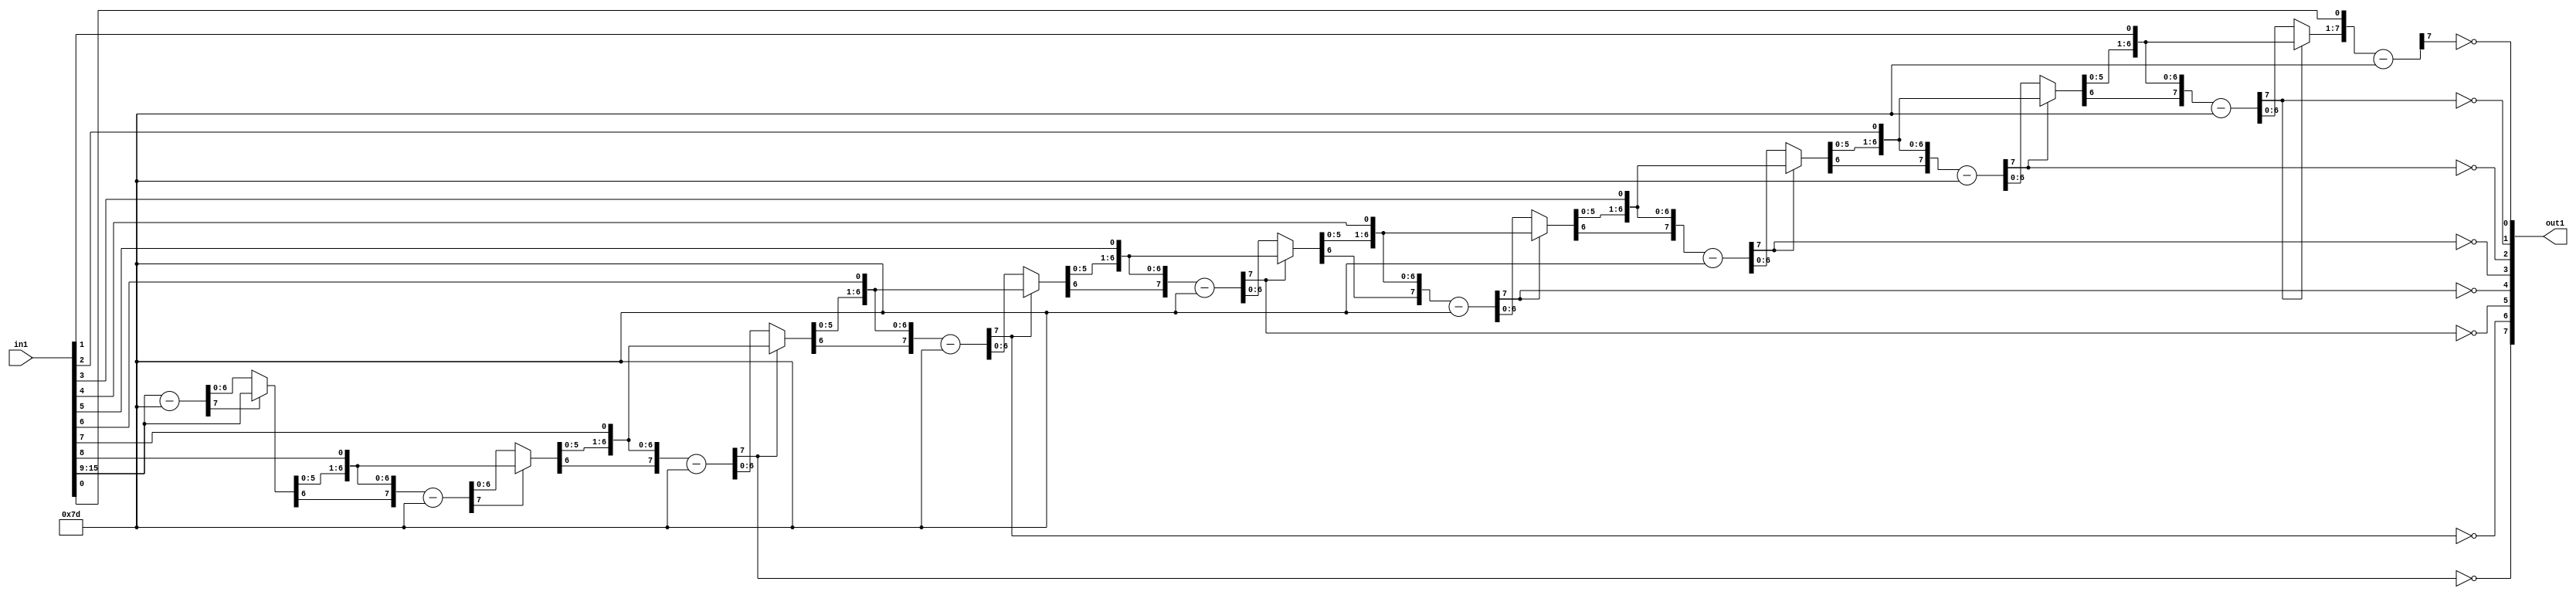
`timescale 1ps / 1ps
/*****************************************************************************
    Verilog RTL Description
    
    
    Created by: Stratus DpOpt 2019.1.01 
*******************************************************************************/

module SobelFilter_Div_8U_27_4 (
	in1,
	out1
	); /* architecture "behavioural" */ 
input [15:0] in1;
output [7:0] out1;
wire [7:0] asc001_0,
	in1_7;
wire [6:0] in1_8;
wire [7:0] in1_10,
	in1_11,
	in1_13;
wire [8:0] in1_14;
wire [7:0] in1_16;
wire [9:0] in1_17;
wire [7:0] in1_19;
wire [10:0] in1_20;
wire [7:0] in1_22;
wire [11:0] in1_23;
wire [7:0] in1_25;
wire [12:0] in1_26;
wire [7:0] in1_28;
wire [13:0] in1_29;
wire [7:0] in1_31;
wire [14:0] in1_32;
wire [15:0] in1_33;
wire [7:0] in1_34,
	in1_9_0,
	in1_9_1;
wire [8:0] in1_12_0,
	in1_12_1;
wire [9:0] in1_15_0,
	in1_15_1;
wire [10:0] in1_18_0,
	in1_18_1;
wire [11:0] in1_21_0,
	in1_21_1;
wire [12:0] in1_24_0,
	in1_24_1;
wire [13:0] in1_27_0,
	in1_27_1;
wire [14:0] in1_30_0,
	in1_30_1;

wire [7:0] in1_7_tmp_0;
assign in1_7_tmp_0 = 
	+(in1[15:9]);
assign in1_7 = in1_7_tmp_0
	-(8'B01111101);

reg [6:0] in1_8_tmp_1;
assign in1_8 = in1_8_tmp_1;
always @ (in1_7[7] or in1_7[6:0] or in1[15:9]) begin
	case (in1_7[7])
		1'B0 : in1_8_tmp_1 = in1_7[6:0] ;
		default : in1_8_tmp_1 = in1[15:9] ;
	endcase
end

assign in1_9_0 = {in1_8,in1[8]};

assign in1_9_1 = {in1_8,in1[8]};

wire [7:0] in1_10_tmp_2;
assign in1_10_tmp_2 = 
	+(in1_9_1);
assign in1_10 = in1_10_tmp_2
	-(8'B01111101);

reg [7:0] in1_11_tmp_3;
assign in1_11 = in1_11_tmp_3;
always @ (in1_10[7] or in1_10 or in1_9_0) begin
	case (in1_10[7])
		1'B0 : in1_11_tmp_3 = in1_10 ;
		default : in1_11_tmp_3 = in1_9_0 ;
	endcase
end

assign in1_12_0 = {in1_11,in1[7]};

assign in1_12_1 = {in1_11,in1[7]};

wire [7:0] in1_13_tmp_4;
assign in1_13_tmp_4 = 
	+(in1_12_1[7:0]);
assign in1_13 = in1_13_tmp_4
	-(8'B01111101);

assign asc001_0[7] = ~in1_13[7];

reg [8:0] in1_14_tmp_5;
assign in1_14 = in1_14_tmp_5;
always @ (in1_13[7] or in1_13 or in1_12_0) begin
	case (in1_13[7])
		1'B0 : in1_14_tmp_5 = in1_13 ;
		default : in1_14_tmp_5 = in1_12_0 ;
	endcase
end

assign in1_15_0 = {in1_14,in1[6]};

assign in1_15_1 = {in1_14,in1[6]};

wire [7:0] in1_16_tmp_6;
assign in1_16_tmp_6 = 
	+(in1_15_1[7:0]);
assign in1_16 = in1_16_tmp_6
	-(8'B01111101);

assign asc001_0[6] = ~in1_16[7];

reg [9:0] in1_17_tmp_7;
assign in1_17 = in1_17_tmp_7;
always @ (in1_16[7] or in1_16 or in1_15_0) begin
	case (in1_16[7])
		1'B0 : in1_17_tmp_7 = in1_16 ;
		default : in1_17_tmp_7 = in1_15_0 ;
	endcase
end

assign in1_18_0 = {in1_17,in1[5]};

assign in1_18_1 = {in1_17,in1[5]};

wire [7:0] in1_19_tmp_8;
assign in1_19_tmp_8 = 
	+(in1_18_1[7:0]);
assign in1_19 = in1_19_tmp_8
	-(8'B01111101);

assign asc001_0[5] = ~in1_19[7];

reg [10:0] in1_20_tmp_9;
assign in1_20 = in1_20_tmp_9;
always @ (in1_19[7] or in1_19 or in1_18_0) begin
	case (in1_19[7])
		1'B0 : in1_20_tmp_9 = in1_19 ;
		default : in1_20_tmp_9 = in1_18_0 ;
	endcase
end

assign in1_21_0 = {in1_20,in1[4]};

assign in1_21_1 = {in1_20,in1[4]};

wire [7:0] in1_22_tmp_10;
assign in1_22_tmp_10 = 
	+(in1_21_1[7:0]);
assign in1_22 = in1_22_tmp_10
	-(8'B01111101);

assign asc001_0[4] = ~in1_22[7];

reg [11:0] in1_23_tmp_11;
assign in1_23 = in1_23_tmp_11;
always @ (in1_22[7] or in1_22 or in1_21_0) begin
	case (in1_22[7])
		1'B0 : in1_23_tmp_11 = in1_22 ;
		default : in1_23_tmp_11 = in1_21_0 ;
	endcase
end

assign in1_24_0 = {in1_23,in1[3]};

assign in1_24_1 = {in1_23,in1[3]};

wire [7:0] in1_25_tmp_12;
assign in1_25_tmp_12 = 
	+(in1_24_1[7:0]);
assign in1_25 = in1_25_tmp_12
	-(8'B01111101);

assign asc001_0[3] = ~in1_25[7];

reg [12:0] in1_26_tmp_13;
assign in1_26 = in1_26_tmp_13;
always @ (in1_25[7] or in1_25 or in1_24_0) begin
	case (in1_25[7])
		1'B0 : in1_26_tmp_13 = in1_25 ;
		default : in1_26_tmp_13 = in1_24_0 ;
	endcase
end

assign in1_27_0 = {in1_26,in1[2]};

assign in1_27_1 = {in1_26,in1[2]};

wire [7:0] in1_28_tmp_14;
assign in1_28_tmp_14 = 
	+(in1_27_1[7:0]);
assign in1_28 = in1_28_tmp_14
	-(8'B01111101);

assign asc001_0[2] = ~in1_28[7];

reg [13:0] in1_29_tmp_15;
assign in1_29 = in1_29_tmp_15;
always @ (in1_28[7] or in1_28 or in1_27_0) begin
	case (in1_28[7])
		1'B0 : in1_29_tmp_15 = in1_28 ;
		default : in1_29_tmp_15 = in1_27_0 ;
	endcase
end

assign in1_30_0 = {in1_29,in1[1]};

assign in1_30_1 = {in1_29,in1[1]};

wire [7:0] in1_31_tmp_16;
assign in1_31_tmp_16 = 
	+(in1_30_1[7:0]);
assign in1_31 = in1_31_tmp_16
	-(8'B01111101);

assign asc001_0[1] = ~in1_31[7];

reg [14:0] in1_32_tmp_17;
assign in1_32 = in1_32_tmp_17;
always @ (in1_31[7] or in1_31 or in1_30_0) begin
	case (in1_31[7])
		1'B0 : in1_32_tmp_17 = in1_31 ;
		default : in1_32_tmp_17 = in1_30_0 ;
	endcase
end

assign in1_33 = {in1_32,in1[0]};

wire [7:0] in1_34_tmp_18;
assign in1_34_tmp_18 = 
	+(in1_33[7:0]);
assign in1_34 = in1_34_tmp_18
	-(8'B01111101);

assign asc001_0[0] = ~in1_34[7];

assign out1 = asc001_0;
endmodule

/* CADENCE  v7n2SQre : u9/ySgnWtBlWxVPRXgAZ4Og= ** DO NOT EDIT THIS LINE ******/